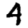
Digit: 4